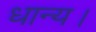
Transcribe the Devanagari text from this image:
धान्य।